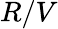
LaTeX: R/V